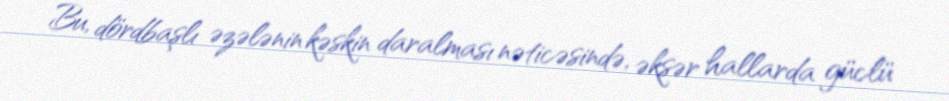
Bu, dördbaşlı əzələnin kəskin daralması nəticəsində, əksər hallarda güclü